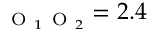
_ { \mathrm { ~ O ~ } _ { 1 } \mathrm { ~ O ~ } _ { 2 } } = 2 . 4